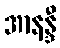
အာနန္ဒီ